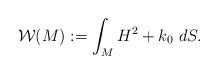
LaTeX: \begin{align*} \mathcal{W}(M) := \int_M H^2 + k_0 \,\, dS.\end{align*}